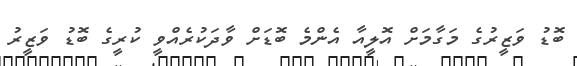
ބޮޑު ވަޒީރުގެ މަގާމަށް އޮލީއާ އެންމެ ބޮޑަށް ވާދަކުރެއްވީ ކުރީގެ ބޮޑު ވަޒީރު